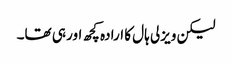
لیکن ویزلی ہال کا ارادہ کچھ اور ہی تھا۔